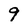
Character: 9